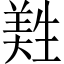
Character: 𦎡